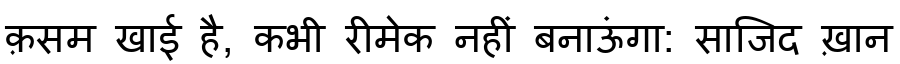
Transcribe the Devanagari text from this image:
क़सम खाई है, कभी रीमेक नहीं बनाऊंगा: साजिद ख़ान